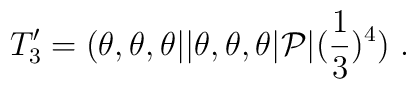
T^\prime_3=(\theta,\theta,\theta \vert\vert \theta,\theta,\theta\vert {\cal P}\vert({1\over 3})^4)~.